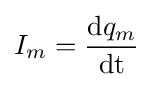
I_{m}={\mathrm {d} q_{m} \over \mathrm {dt} }\,\!